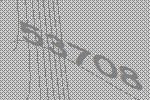
53708